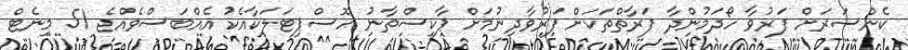
ކެންސަރަށް ފަރުވާ ހޯދަމުންދާ ފަރާތްތަކަށް ފަރުވާދިނުމަށް ޕާކިސްތާނު ހޮސްޕިޓަލަކާއެކު އެއްބަސްވެއްޖެ 51 މިނެޓް